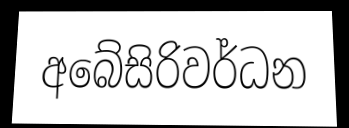
අබේසිරිවර්ධන